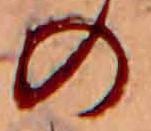
の